Report on sanitation, dispensaries, and jails in Rajputana for 1918, and on vaccination for the year 1918-1919 - 1918-1919
Year: 1918
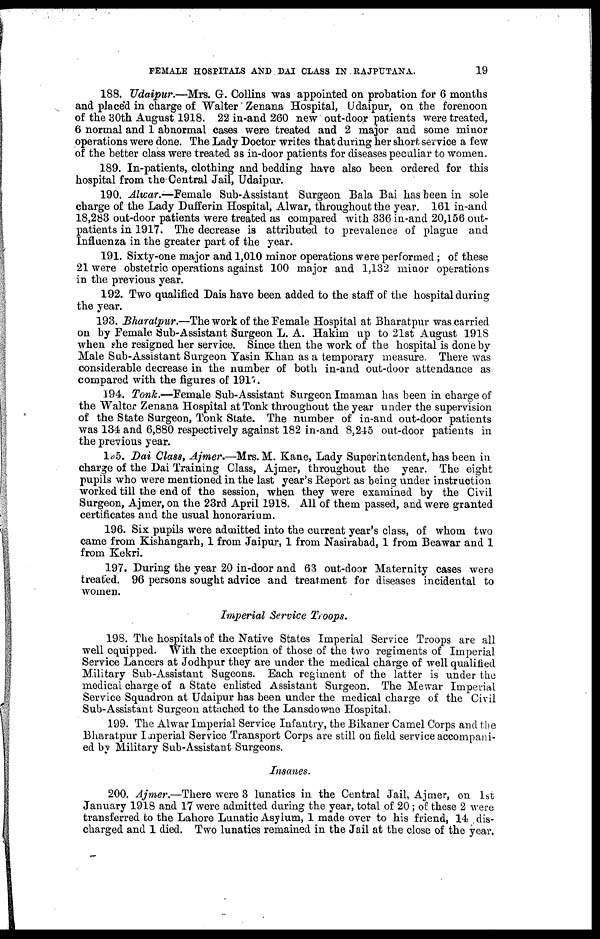
FEMALE HOSPITALS AND DAI CLASS IN RAJPUTANA.
19
188. Udaipur.—Mrs. G. Collins was appointed on probation for 6 months
and placed in charge of Walter Zenana Hospital, Udaipur, on the forenoon
of the 30th August 1918. 22 in-and 260 new out-door patients were treated,
6 normal and 1 abnormal cases were treated and 2 major and some minor
operations were done. The Lady Doctor writes that during her short service a few
of the better class were treated as in-door patients for diseases peculiar to women.
189. In-patients, clothing and bedding have also been ordered for this
hospital from the Central Jail, Udaipur.
190. Alwar.—Female Sub-Assistant Surgeon Bala Bai has been in sole
charge of the Lady Dufferin Hospital, Alwar, throughout the year. 161 in-and
18,283 out-door patients were treated as compared with 336 in-and 20,156 out-
patients in 1917. The decrease is attributed to prevalence of plague and
Influenza in the greater part of the year.
191. Sixty-one major and 1,010 minor operations were performed; of these
21 were obstetric operations against 100 major and 1,132 minor operations
in the previous year.
192. Two qualified Dais have been added to the staff of the hospital during
the year.
193. Bharatpur.—The work of the Female Hospital at Bharatpur was carried
on by Female Sub-Assistant Surgeon L. A. Hakim up to 21st August 191S
when she resigned her service. Since then the work of the hospital is done by
Male Sub-Assistant Surgeon Yasin Khan as a temporary measure. There was
considerable decrease in the number of both in-and out-door attendance as
compared with the figures of 1917.
194. Tonk.—Female Sub-Assistant Surgeon Imaman has been in charge of
the Walter Zenana Hospital at Tonk throughout the year under the supervision
of the State Surgeon, Tonk State. The number of in-and out-door patients
was 134 and 6,880 respectively against 182 in-and 8,245 out-door patients in
the previous year.
195. Dai Class, Ajmer.—Mrs. M. Kane, Lady Superintendent, has been in
charge of the Dai Training Class, Ajmer, throughout the year. The eight
pupils who were mentioned in the last year's Report as being under instruction
worked till the end of the session, when they were examined by the Civil
Surgeon, Ajmer, on the 23rd April 1918. All of them passed, and were granted
certificates and the usual honorarium.
196. Six pupils were admitted into the current year's class, of whom two
came from Kishangarh, 1 from Jaipur, 1 from Nasirabad, 1 from Beawar and 1
from Kekri.
197. During the year 20 in-door and 63 out-door Maternity cases were
treated. 96 persons sought advice and treatment for diseases incidental to
women.
Imperial Service Troops.
198. The hospitals of the Native States Imperial Service Troops are all
well equipped. With the exception of those of the two regiments of Imperial
Service Lancers at Jodhpur they are under the medical charge of well qualified
Military Sub-Assistant Sugeons. Each regiment of the latter is under the
medical charge of a State enlisted Assistant Surgeon. The Mewar Imperial
Service Squadron at Udaipur has been under the medical charge of the Civil
Sub-Assistant Surgeon attached to the Lansdowne Hospital.
199. The Alwar Imperial Service Infantry, the Bikaner Camel Corps and the
Bharatpur Imperial Service Transport Corps are still on field service accompani-
ed by Military Sub-Assistant Surgeons.
Insanes.
200. Ajmer.—There were 3 lunatics in the Central Jail, Ajmer, on 1st
January 1918 and 17 were admitted during the year, total of 20; of these 2 were
transferred to the Lahore Lunatic Asylum, 1 made over to his friend, 14 dis-
charged and 1 died. Two lunatics remained in the Jail at the close of the year.